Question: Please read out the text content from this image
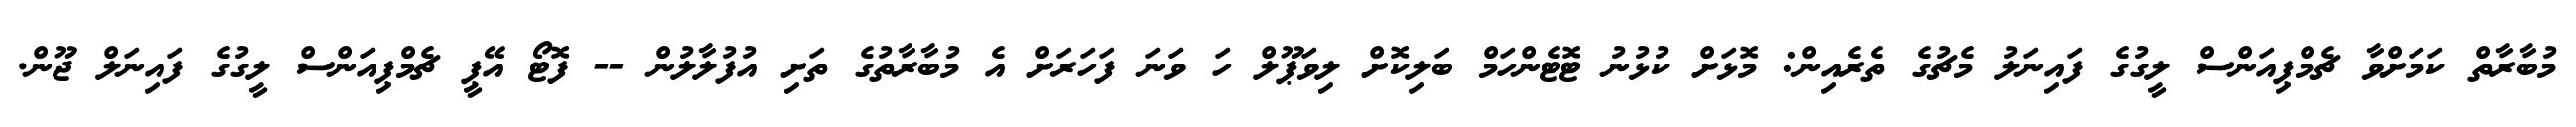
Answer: މުބާރާތް ކަމަށްވާ ޗެމްޕިއަންސް ލީގުގެ ފައިނަލު މެޗުގެ ތެރެއިން: މޮޅަށް ކުޅުނު ޓޮޓެންހަމް ބަލިކޮށް ލިވަޕޫލް ހަ ވަނަ ފަހަރަށް އެ މުބާރާތުގެ ތަށި އުފުލާލުން -- ފޮޓޯ އޭޕީ ޗެމްޕިއަންސް ލީގުގެ ފައިނަލް ޖޫން.